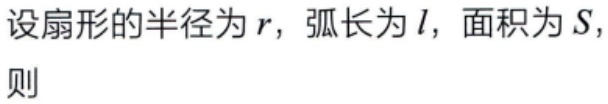
设扇形的半径为\(r\)，弧长为\(l\)，面积为\(S\)，则